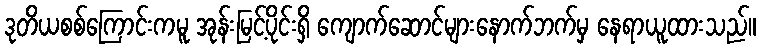
ဒုတိယစစ်ကြောင်းကမူ အုန်းမြင့်ပိုင်းရှိ ကျောက်ဆောင်များနောက်ဘက်မှ နေရာယူထားသည်။